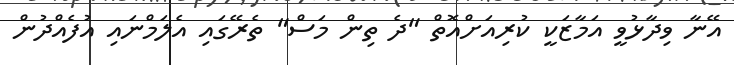
އޭނާ ވިދާޅުވީ އަމާޒަކީ ކުރިއަށްއޮތް "ދެ ތިން މަސް" ތެރޭގައި އެލަމްނައި އުފެއްދުން